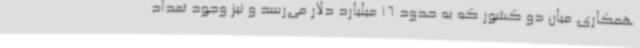
همکاری میان دو کشور که به حدود 16 میلیارد دلار می‌رسد و نیز وجود تعداد